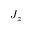
J _ { z }